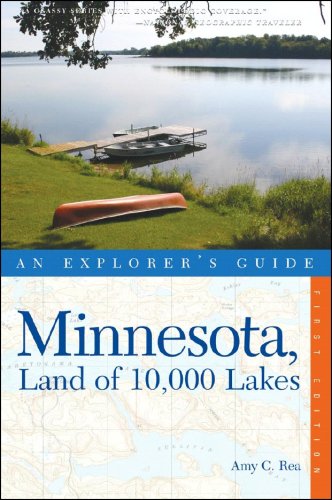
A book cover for Explorer's Guide Minnesota, Land of 10,000 Lakes (Explorer's Complete); Amy C. Rea; Travel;